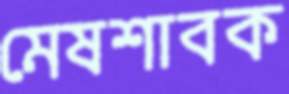
মেষশাবক